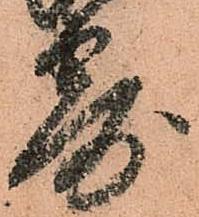
寄